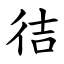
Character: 㣟